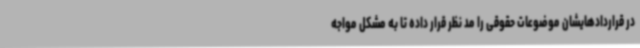
در قراردادهایشان موضوعات حقوقی را مد نظر قرار داده تا به مشکل مواجه